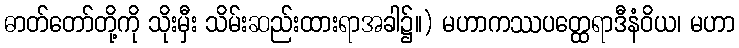
ဓာတ်တော်တို့ကို သိုးမှီး သိမ်းဆည်းထားရာအခါ၌။) မဟာကဿပတ္ထေရာဒီနံဝိယ၊ မဟာ